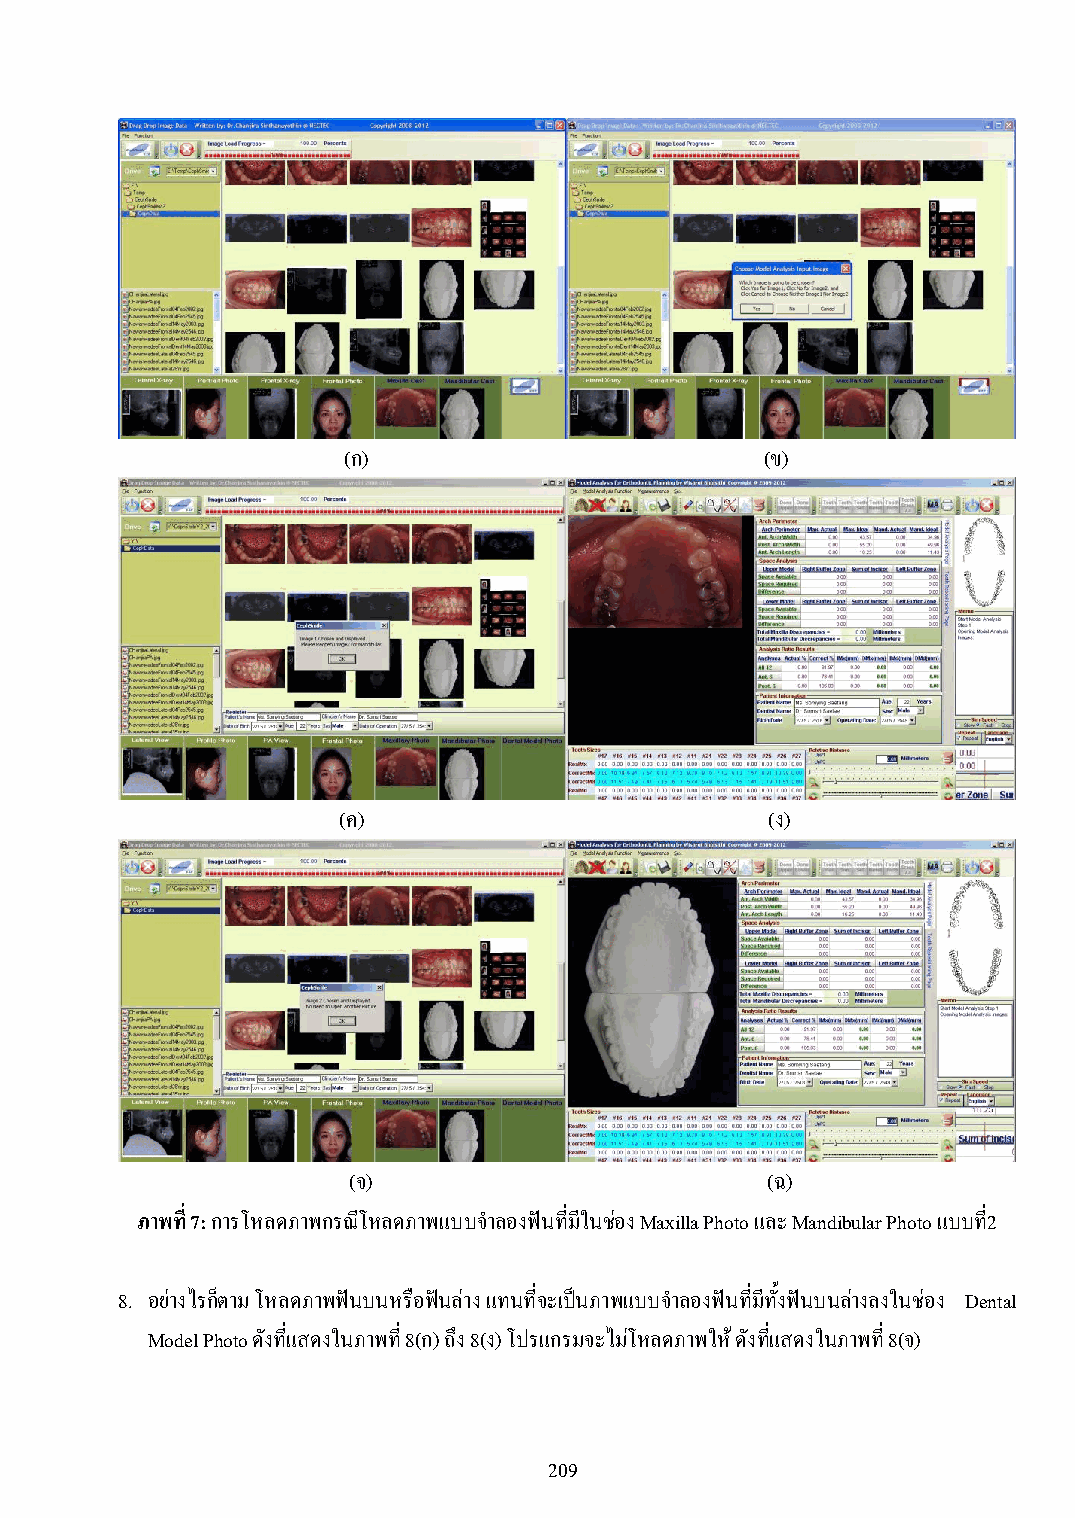
(ก)                         (ข)
 (ค)                          (ง)
 (จ)                         (ฉ)
 ภาพที่ 7: การโหลดภาพกรณีโหลดภาพแบบจ าลองฟันที่มีในช่อง Maxilla Photo และ Mandibular Photo แบบท2ี่
 8. อย่างไรก็ตาม โหลดภาพฟันบนหรือฟันล่าง แทนที่จะเป็นภาพแบบจ าลองฟันที่มีทั้งฟันบนล่างลงในช่อง Dental
 Model Photo ดังที่แสดงในภาพที่ 8(ก) ถึง 8(ง) โปรแกรมจะไม่โหลดภาพให้ ดังที่แสดงในภาพที่ 8(จ)
 209